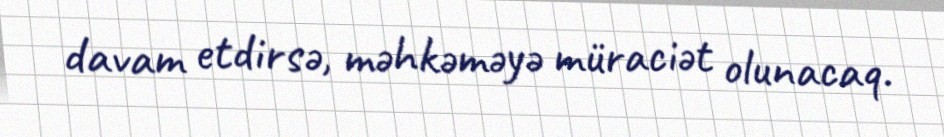
davam etdirsə, məhkəməyə müraciət olunacaq.